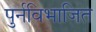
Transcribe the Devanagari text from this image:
पुर्नविभाजित